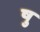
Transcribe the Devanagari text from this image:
षु